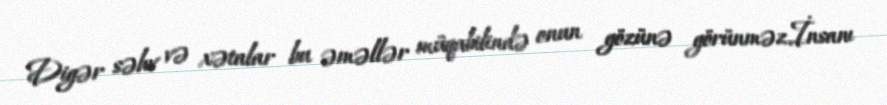
Digər səhv və xətalar bu əməllər müqabilində onun gözünə görünməz.İnsanı